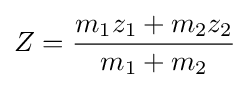
Z={\frac {m_{1}z_{1}+m_{2}z_{2}}{m_{1}+m_{2}}}